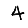
Digit: 4